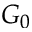
G _ { 0 }